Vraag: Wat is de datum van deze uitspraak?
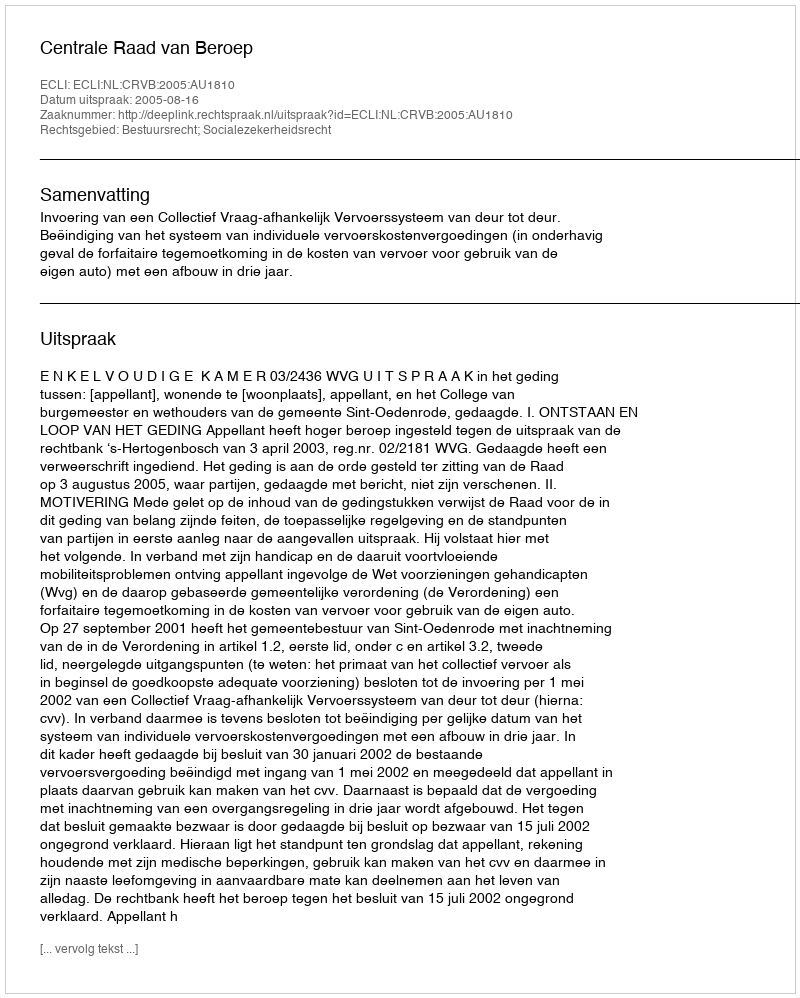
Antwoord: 2005-08-16